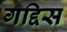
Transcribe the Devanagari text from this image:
गद्दिस